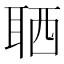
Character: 𦕩